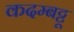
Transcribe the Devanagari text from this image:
कदम्बट्टू